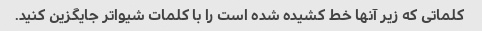
کلماتی که زیر آنها خط کشیده شده است را با کلمات شیواتر جایگزین کنید.